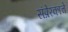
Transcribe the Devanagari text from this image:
संप्रेरकाचे